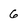
Character: G